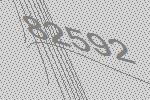
82592